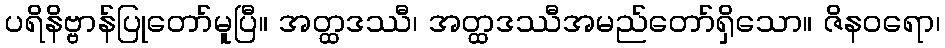
ပရိနိဗ္ဗာန်ပြုတော်မူပြီ။ အတ္ထဒဿီ၊ အတ္ထဒဿီအမည်တော်ရှိသော။ ဇိနဝရော၊